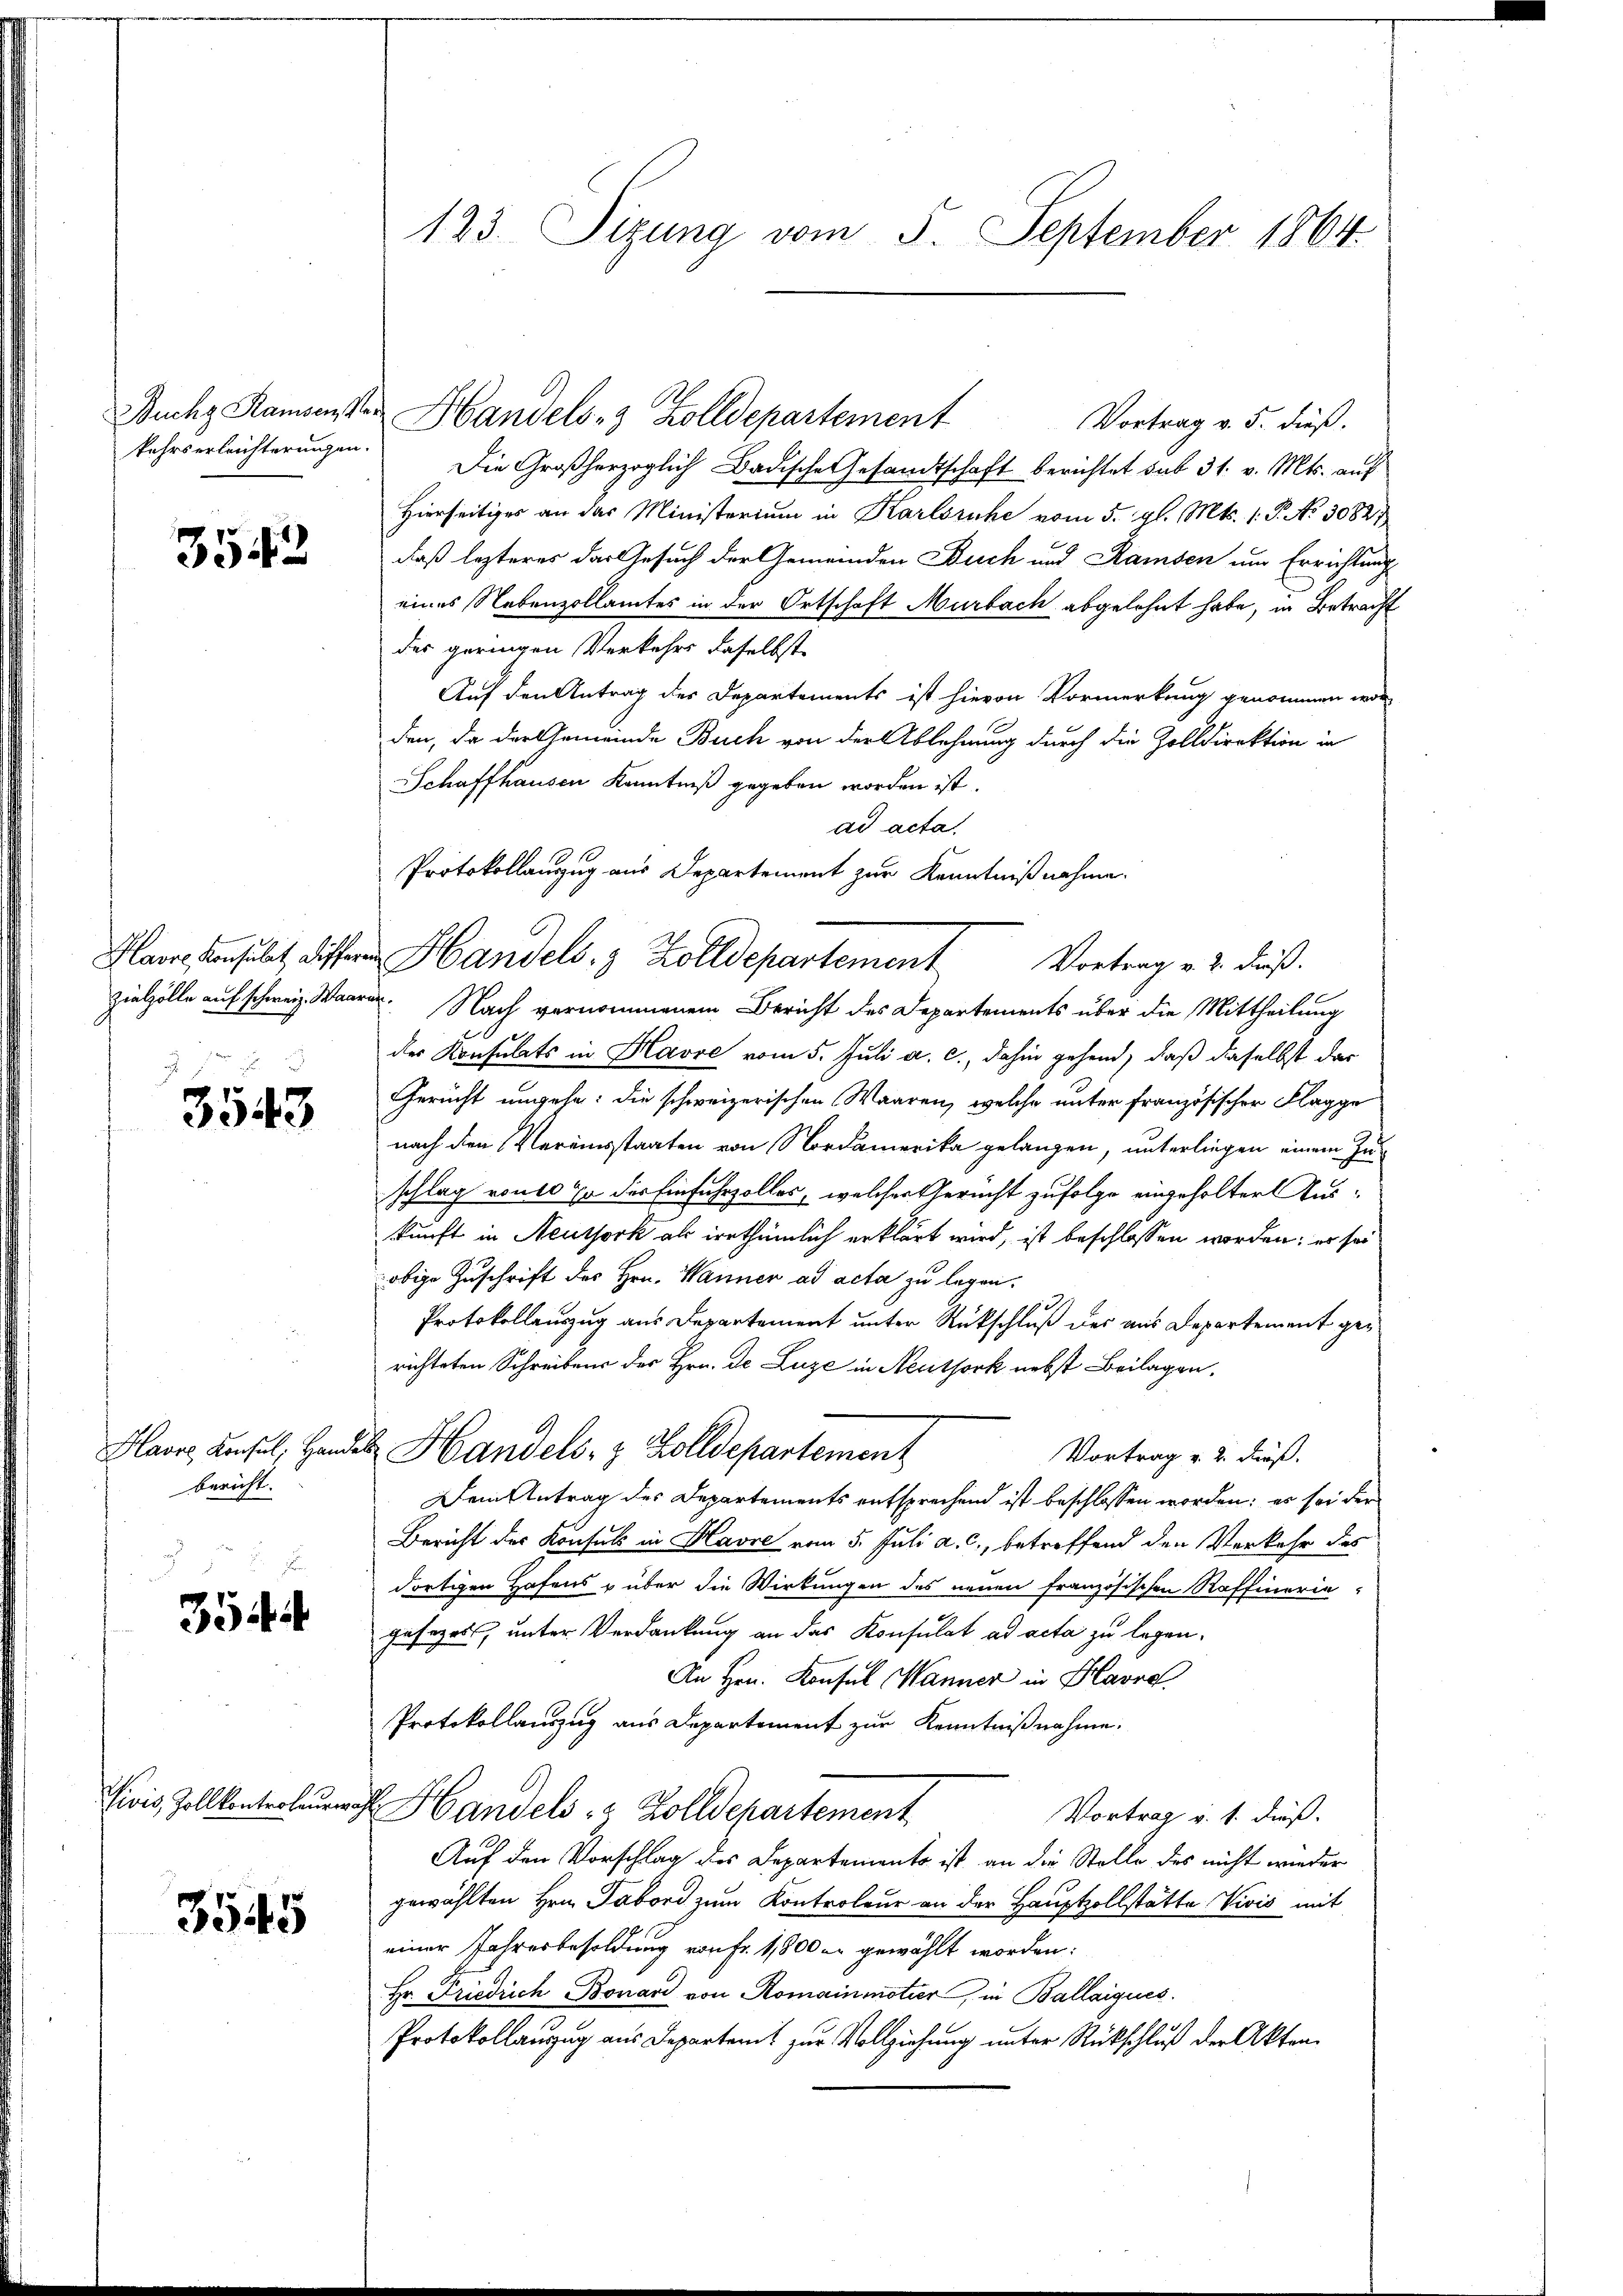
Buchg Ramsen, Me
kehrserleichterungen

3542

Plavre, Konsulat, differ
zielzölle auf schweiz. Waar
.

3543

Havre, Konsul, Hand-
bericht. |

354

Vivis Zollkontroleures

3545

123. Sizung vom 5. September 1864.

Vortrag v. 5. dieß.
Die Großherzoglich Badische Gesandtschaft berichtet sub 31. v. Mts. auf
Hierseitiges an das Ministerium in Karlsruhe vom 5. gl. Mts. 1. P. No 30821
daß lezteres der Gesuch der Gemeinden Buch und Ramsen um Errichtung
eines Nebenzollamtes in der Ortschaft Murbach abgelehnt habe, in Betracht
des geringen Verkehrs daselbst
Auf den Antrag des Departements ist hievon Vormerkung genommen wor-
den, da der Gemeinde Buch von der Ablehnung durch die Zolldirektion in
Schaffhausen Kenntniß gegeben worden ist.
ad acta
Vortrag v. 2. dieß.
 Nach vernommenem Bericht des Departements über die Mittheilung
der Konsulats in Havre vom 5. Juli a. c., dahin gehend, daß daselbst dar
Gericht ungehe: die schweizerischen Waaren, welche unter französischer Klagge
nach den Vereinsstaaten von Nordamerika gelangen, unterliegen einem Zuschlag von es ja der Einfuhrzolles, welcher Gericht zufolge eingeholter Auskunft in Neuthork als irrthümlich erklärt wird, ist beschlossen worden; er sei
obige Zuschrift des Hrn. Wanner ad acta zu legen.
Protokollauszug aus Departement unter Rückschluß der aus Departement gerichteten Schreibens des Hrn. De Luze in Neuthork nebst Beilagen.
 Handels- & Zolldepartement
Vortrag v. 2. dieß.
Dem Antrag des Departements entsprechend ist beschlossen worden; es sei der
Bericht der Konsuls in Havre vom 5. Juli a. c., betreffend den Verkehr des
dortigen Hafens über die Wirkungen des neuen französischen Raffinorie
gesezess, unter Verdankung an das Konsulat ad acta zu legen,
An Hrn. Konsul Männer in Havre
Protokollauszug aus Departement zur Kenntnißnahme.
Handels- & Zolldepartement
Vortrag v. 1. dieß.
Auf den Vorschlag des Departements ist an die Stelle des nicht wieder
gewählten Hrn. Tabord zum Kontroleur an der Hauptzollstätte Vivis mit
einer Jahresbesoldung von Fr. 1,800 er gewählt worden:
Hr. Friedrich Bonard von Romainmotier, in Ballaigues.
Protokollauszug aus Departent zur Vollziehung unter Rückschluß der Akten¬

Handels- 3 Zolldepartement

Protokollanzug aus Departement zur Kenntnißnahme.
Handels- & Zolldepartement